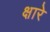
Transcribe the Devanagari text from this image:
क्षारे